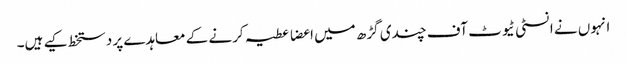
انہوں نے انسٹی ٹیوٹ آف چندی گڑھ میں اعضا عطیہ کرنے کے معاہدے پر دستخط کیے ہیں۔